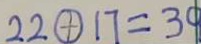
2 2 \textcircled { + } 1 7 = 3 0